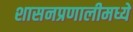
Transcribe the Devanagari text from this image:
शासनप्रणालीमध्ये